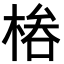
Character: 𣔊